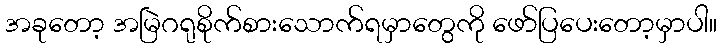
အခုတော့ အမြဲဂရုစိုက်စားသောက်ရမှာတွေကို ဖော်ပြပေးတော့မှာပါ။